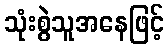
သုံးစွဲသူအနေဖြင့်